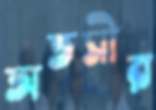
অতসীর